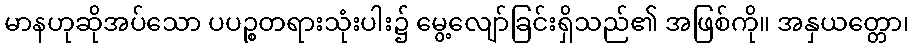
မာနဟုဆိုအပ်သော ပပဉ္စတရားသုံးပါး၌ မွေ့လျော်ခြင်းရှိသည်၏ အဖြစ်ကို။ အနှယတ္တော၊